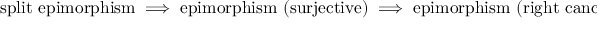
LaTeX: { \mathrm { s p l i t ~ e p i m o r p h i s m } } \implies { \mathrm { e p i m o r p h i s m ~ ( s u r j e c t i v e ) } } \implies { \mathrm { e p i m o r p h i s m ~ ( r i g h t ~ c a n c e l a b l e ) } } ;